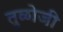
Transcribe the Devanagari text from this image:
तुळोजी